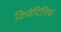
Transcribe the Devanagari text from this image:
किवंदितियां